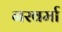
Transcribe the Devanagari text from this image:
नरवर्मा